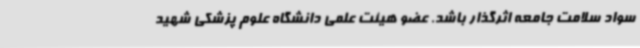
سواد سلامت جامعه اثرگذار باشد. عضو هیئت علمی دانشگاه علوم پزشکی شهید